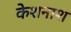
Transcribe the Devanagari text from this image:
केशनाश